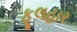
ફૂલહાર